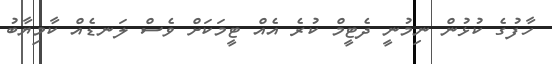
ހާފުގެ ކުޅުން ނިމުނީ ދެޓީމް ކުރެ އެއް ޓީމަކަށް ވެސް ލަނޑެއް ކާމިޔާބު